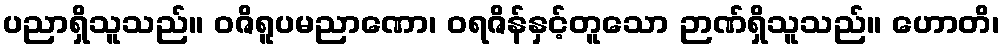
ပညာရှိသူသည်။ ဝဇိရူပမညာဏော၊ ဝရဇိန်နှင့်တူသော ဉာဏ်ရှိသူသည်။ ဟောတိ၊